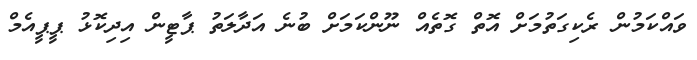
ވައްކަމުން ރެކިގަތުމަށް އޮތް ގޮތެއް ނޫންކަމަށް ބުނެ އަދާލަތު ޕާޓީން އިދިކޮޅު ޕީޕީއެމް